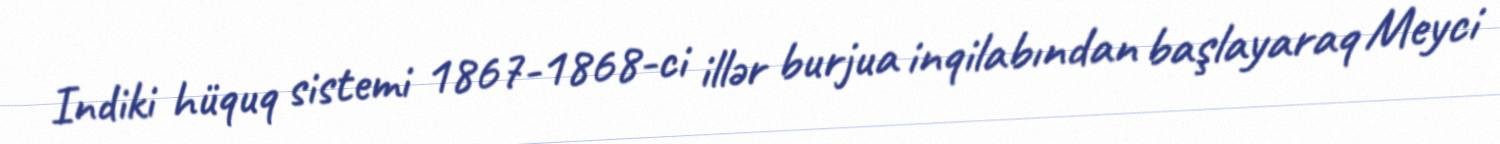
Indiki hüquq sistemi 1867-1868-ci illər burjua inqilabından başlayaraq Meyci